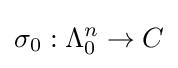
\sigma _{0}:\Lambda _{0}^{n}\to C